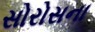
સોરોસના